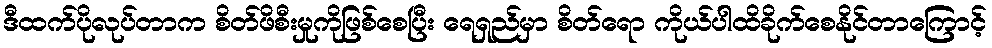
ဒီထက်ပိုလုပ်တာက စိတ်ဖိစီးမှုကိုဖြစ်စေပြီး ရေရှည်မှာ စိတ်ရော ကိုယ်ပါထိခိုက်စေနိုင်တာကြောင့်